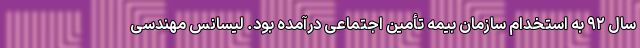
‌سال ٩٢ به استخدام سازمان بیمه تأمین اجتماعی درآمده بود. لیسانس مهندسی